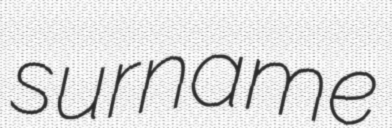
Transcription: surname